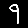
Digit: 9